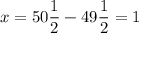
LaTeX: x = 5 0 { \frac { 1 } { 2 } } - 4 9 { \frac { 1 } { 2 } } = 1